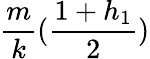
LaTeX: \frac{m}{k}(\frac{1+h_{1}}{2})